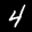
Digit: 4